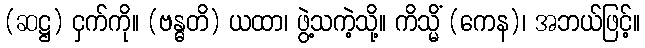
(ဆဋ္ဌ) ငှက်ကို။ (ဗန္ဓတိ) ယထာ၊ ဖွဲ့သကဲ့သို့။ ကိသ္မိံ (ကေန)၊ အဘယ်ဖြင့်။